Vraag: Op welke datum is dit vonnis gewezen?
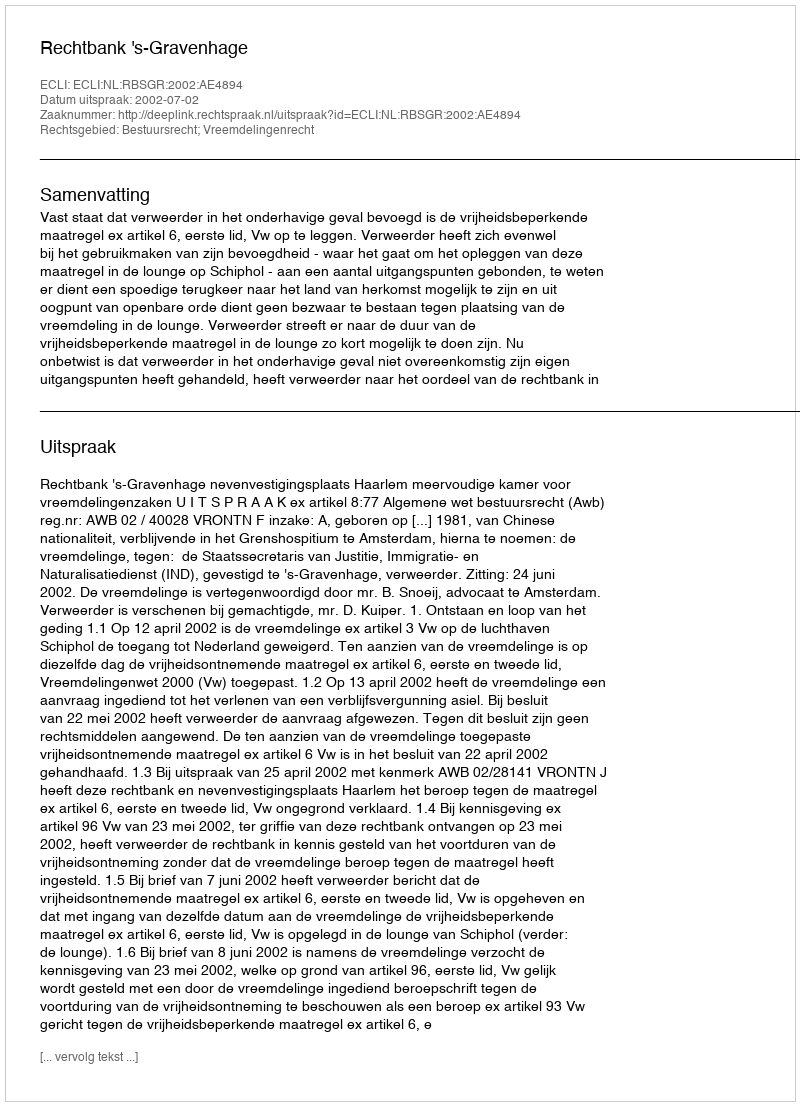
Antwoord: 2002-07-02